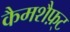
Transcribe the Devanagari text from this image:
कैमशैफ़्ट